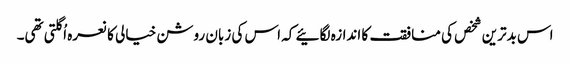
اس بدترین شخص کی منافقت کا اندازہ لگائیے کہ اس کی زبان روشن خیالی کا نعرہ اُگلتی تھی۔